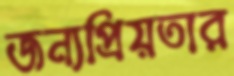
জন্যপ্রিয়তার